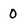
Character: 0